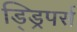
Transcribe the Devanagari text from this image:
ड्ड्रिपर्स